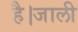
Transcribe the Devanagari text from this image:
है।जाली